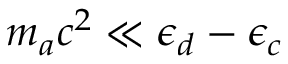
m _ { a } c ^ { 2 } \ll \epsilon _ { d } - \epsilon _ { c }